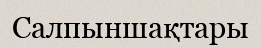
Салпыншақтары